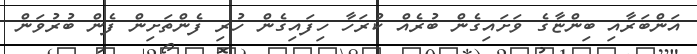
އަންބަރާއި ބިންޏާގެ ވަށައިގެން ބުރެއް ކުރަހާ ހިފައިގެން ހުރި ފެންތަށިން ފެން ބުރުވަން